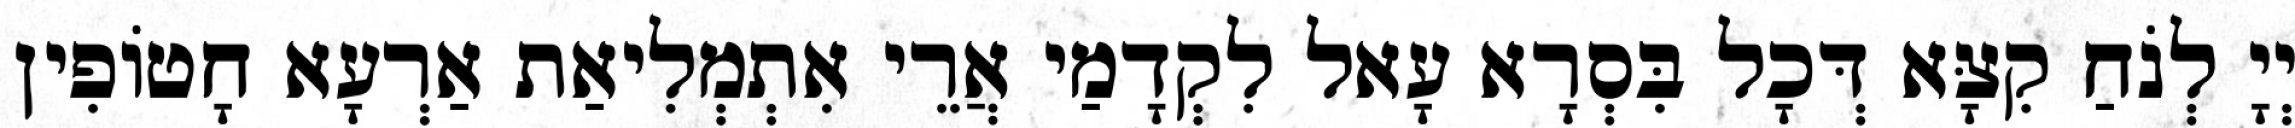
יְיָ לְנֹחַ קִצָּא דְּכָל בִּסְרָא עָאל לִקְדָמַי אֲרֵי אִתְמְלִיאַת אַרְעָא חָטוֹפִין